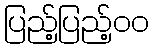
ပြည့်ပြည့်၀၀